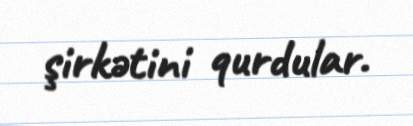
şirkətini qurdular.